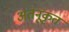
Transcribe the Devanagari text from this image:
अतनूकृत